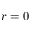
r = 0